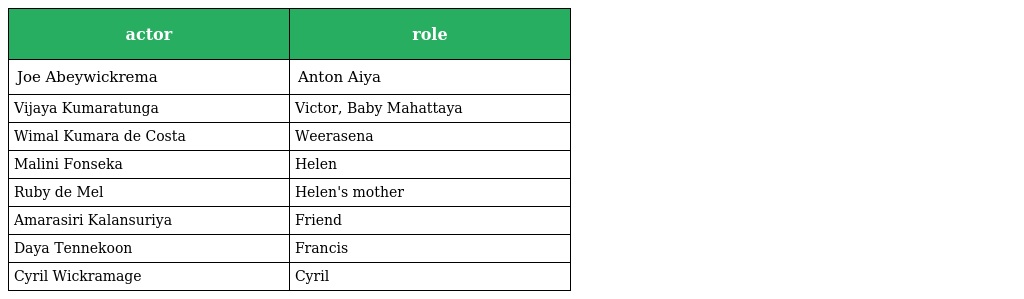
| actor | role |
 | --- | --- |
 | Joe Abeywickrema | Anton Aiya |
 | Vijaya Kumaratunga | Victor, Baby Mahattaya |
 | Wimal Kumara de Costa | Weerasena |
 | Malini Fonseka | Helen |
 | Ruby de Mel | Helen's mother |
 | Amarasiri Kalansuriya | Friend |
 | Daya Tennekoon | Francis |
 | Cyril Wickramage | Cyril |